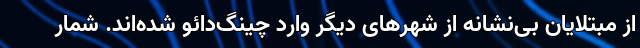
از مبتلایان بی‌نشانه از شهرهای دیگر وارد چینگ‌دائو شده‌اند. شمار